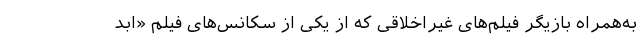
به‌همراه بازیگر فیلم‌های غیراخلاقی که از یکی از سکانس‌های فیلم «ابد